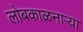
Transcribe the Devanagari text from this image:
लोबकाळनाऱ्या